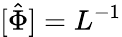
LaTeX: [\hat{\Phi}]=L^{-1}